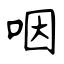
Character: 咽